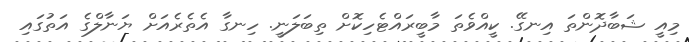
މިއީ ޝަބާދޮންތަ އިނގޭ. ކީއްވެތަ މާބީރައްޓެހިކޮށް ތިބަލަނީ. ހިނގާ އެތެރެއަށް ޔަނާލްގެ އަތުގައި